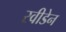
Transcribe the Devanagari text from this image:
स्‍वीडेन